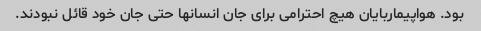
بود. هواپیماربایان هیچ احترامی برای جان انسانها حتی جان خود قائل نبودند.